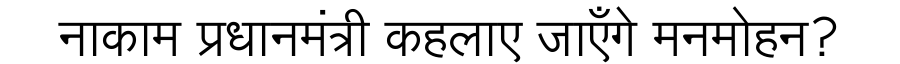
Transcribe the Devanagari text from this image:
नाकाम प्रधानमंत्री कहलाए जाएँगे मनमोहन?